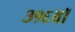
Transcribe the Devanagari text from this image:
३१६वॉ